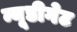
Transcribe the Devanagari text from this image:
न्यूडीगेट